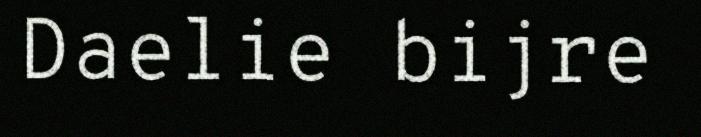
Daelie bijre